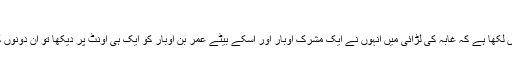
بطل اسلام حضرت عکاشہ بن محصن رضی اللہ عنہ​
آپ کی بہادری مشہور و معروف ہے ابن اسحاق نے آپ کے واقعات میں لکھا ہے کہ غابہ کی لڑائی میں انہوں نے ایک مشرک اوبار اور اسکے بیٹے عمر بن اوبار کو ایک ہی اونٹ پر دیکھا تو ان دونوں کو اکٹھا اپنے نیزے میں پروکر قتل کر دیا اور کچھ اونٹنیوں کو چھڑالیا۔